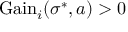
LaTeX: { \mathrm { G a i n } } _ { i } ( \sigma ^ { * } , a ) > 0